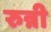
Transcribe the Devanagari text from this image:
रुन्नी